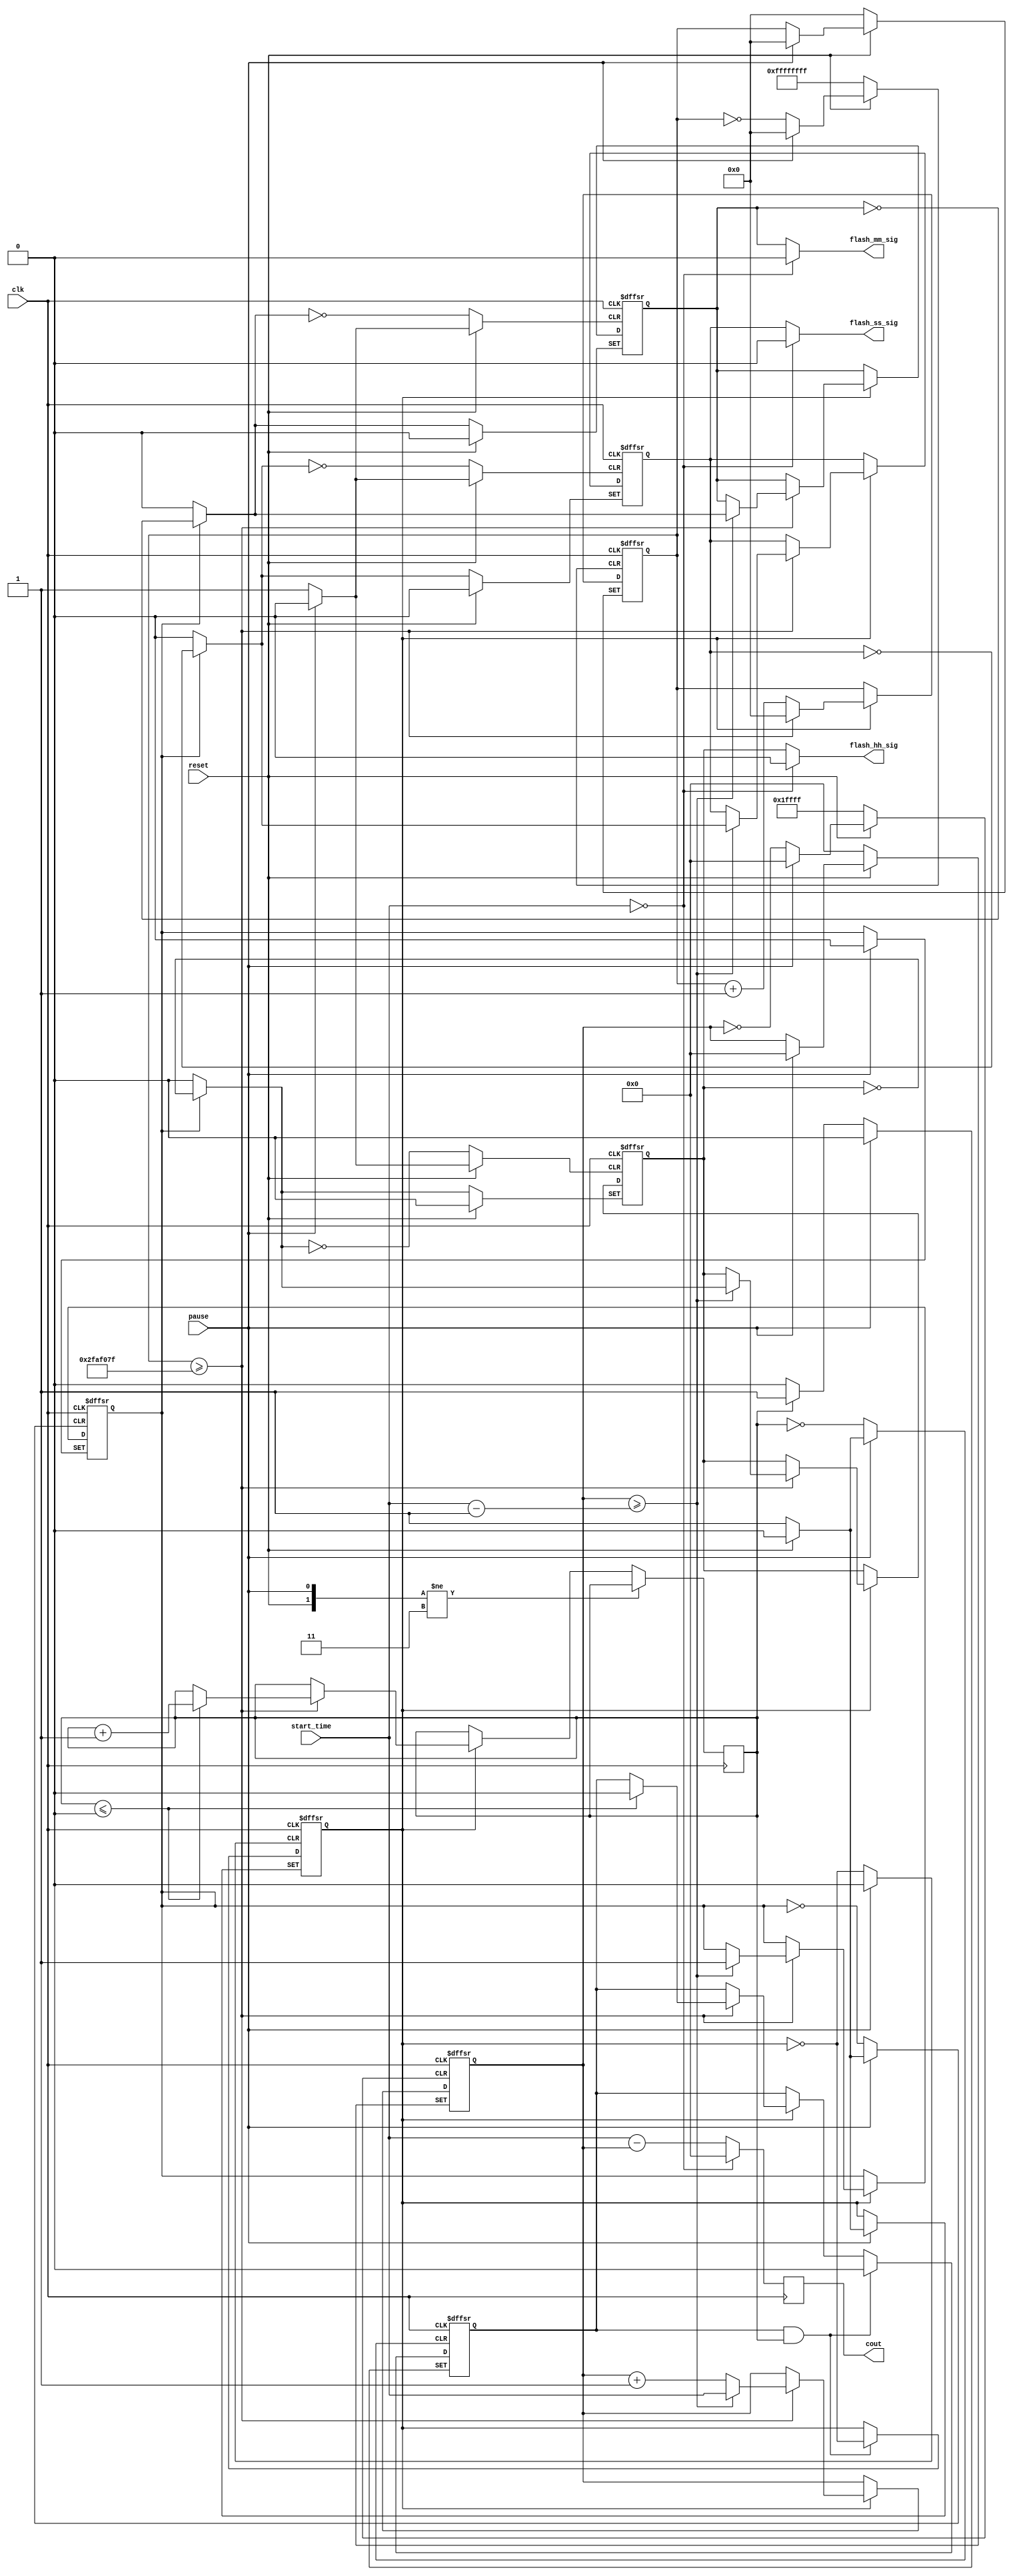
module alarm (
input clk, reset, pause,
input [16:0] start_time,
output [16:0] cout,
output flash_hh_sig, flash_mm_sig, flash_ss_sig
);

parameter full_sec = 32'd50000000;	//cycles in full ssond of 50Mhz clock

reg [31:0] count = 32'd0;				
reg state = 1'd1;							
reg detect = 1'd0;						
reg regular = 2'd0;						
reg done = 1'd0;							
reg [16:0] cout_reg = 17'd0;		
reg [16:0] out_reg = 17'd0;	
	
//hh:mm:ss flashes
reg flash_hh = 1'd0;
reg flash_mm = 1'd0;
reg flash_ss = 1'd0;

//this alarm will act as count down timer... 
//user will set the time and when it will go upto 00:00:00 (HH:MM:SS)- all light will keep flashing until resetting

always @(negedge clk or negedge reset or negedge pause)
begin
	if (reset == 0)		
	begin	
		count <= 32'd0;
		cout_reg <= 17'd0;
		state <= 1'd1;
		detect <= 1'd0;
		done <= 1'd0;
		flash_hh <= done ? (~flash_hh) : (1'd0);
		flash_mm <= done ? (~flash_mm) : (1'd0);
		flash_ss <= done ? (~flash_ss) : (1'd0);
	end	
	else 
	begin
		if (pause == 0)		
		begin
		detect <= (regular == 2'd0) ? 1'd0 : 1'd1;
		flash_hh <= 1'd0;
		flash_mm <= 1'd0;
		flash_ss <= 1'd0;
		end
		else
		begin
			if ((detect == 1'd1) && (regular != 2'd0))		
			begin
			detect <= 1'd0;			
			state <= ~state;			
			if (state == 1'd1)		
			begin
				count <= count + 32'd1;
				if (count >= full_sec - 32'd1)	//increment sec by 1
					begin
						count <= 32'd0;
						cout_reg <= cout_reg + 17'd1;
						if(cout_reg >= start_time - 17'd1)
						begin
						cout_reg <= start_time;
						done <= 1'd1;
						flash_hh <= done ? (~flash_hh) : (1'd0);
						flash_mm <= done ? (~flash_mm) : (1'd0);
						flash_ss <= done ? (~flash_ss) : (1'd0);
						end
						if (regular <= 2'd0)
						begin
						regular <= regular + 2'd1;
						detect <= 1'd0;
						end
					end
				end				
			end else	begin
				if (state == 1'd1)	
				begin
				count <= count + 32'd1;
				if (count >= full_sec - 32'd1) //increment sec by 1	
				begin
				count <= 32'd0;
				cout_reg <= cout_reg + 17'd1;
				if(cout_reg >= start_time - 17'd1)
				begin
					cout_reg <= start_time;
					done <= 1'd1;
					flash_hh <= done ? (~flash_hh) : (1'd0);
					flash_mm <= done ? (~flash_mm) : (1'd0);
					flash_ss <= done ? (~flash_ss) : (1'd0);
					end
					
				if (regular <= 2'd0)
				begin
				regular <= regular + 2'd1;
			 detect <= 1'd0;
				end
				end
				end
			 end
		 end
	end
end	



always @(negedge clk)
begin
	out_reg <= (start_time == 17'd0) ? (17'd0) : start_time - cout_reg;
end

assign flash_hh_sig = (start_time == 17'd0) ? 1'd0 : flash_hh;
assign flash_mm_sig = (start_time == 17'd0) ? 1'd0 : flash_mm;
assign flash_ss_sig = (start_time == 17'd0) ? 1'd0 : flash_ss;
assign cout = out_reg;

endmodule